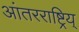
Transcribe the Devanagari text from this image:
आंतरराष्ट्रिय्